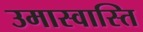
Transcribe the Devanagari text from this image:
उमास्वास्ति